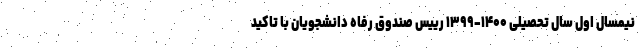
نیمسال اول سال تحصیلی ۱۴۰۰-۱۳۹۹ رییس صندوق رفاه دانشجویان با تاکید